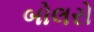
બોલરો